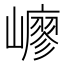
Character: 𡽟